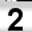
Digit: 2